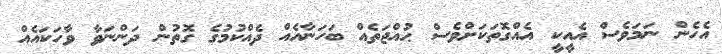
އެހެން ނަމަވެސް އެއީކީ އެއްގޮތަކަށްވެސް ޙުއްޖަތެއް ބަހަނާއެއް ދެއްކުމުގެ ގޮތުން ދަންނަވާ ވާހަކައެއް